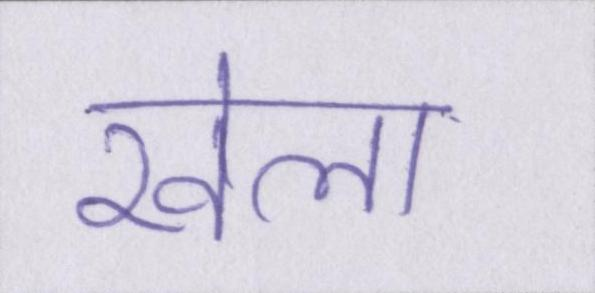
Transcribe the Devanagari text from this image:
खेला